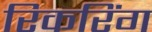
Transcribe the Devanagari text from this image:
रिकरिंग